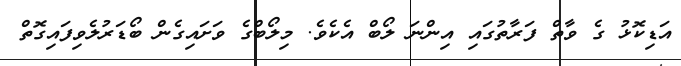
އަޑިކޮޅު ގެ ވާތް ފަރާތުގައި އިންނަ ލޯބް އެކެވެ. މިލޯބްގެ ވަށައިގެން ބޯޑަރުލެވިފައިގޮތް